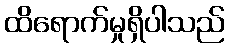
ထိရောက်မှုရှိပါသည်